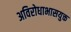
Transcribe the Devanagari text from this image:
अविरोधाभासयुक्त